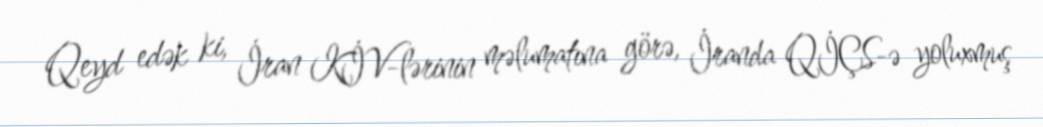
Qeyd edək ki, İran KİV-lərinin məlumatına görə, İranda QİÇS-ə yoluxmuş